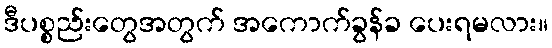
ဒီပစ္စည်းတွေအတွက် အကောက်ခွန်ခ ပေးရမလား။